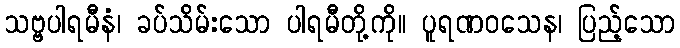
သဗ္ဗပါရမီနံ၊ ခပ်သိမ်းသော ပါရမီတို့ကို။ ပူရဏဝသေန၊ ပြည့်သော